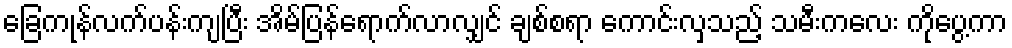
ခြေကုန်လက်ပန်းကျပြီး အိမ်ပြန်ရောက်လာလျှင် ချစ်စရာ ကောင်းလှသည့် သမီးကလေး ကိုပွေ့ကာ